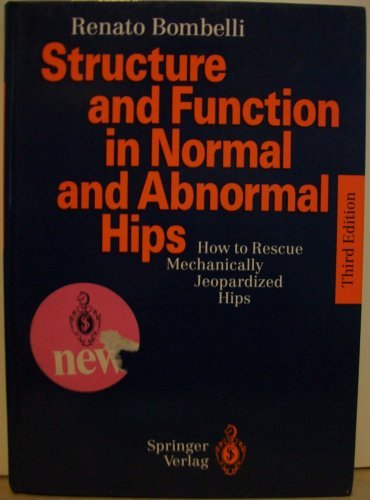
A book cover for Structure and Function in Normal and Abnormal Hips: How to Rescue Mechanically Jeopardized Hips; Renato Bombelli; Health, Fitness & Dieting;